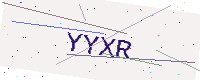
Text: YYXR